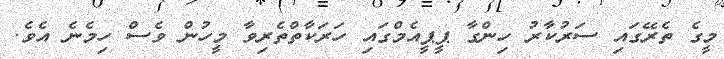
މީގެ ތެރޭގައި ސަރުކާރު ހިންގާ ޕީޕީއެމްގައި ހަރަކާތްތެރިވާ މީހުން ވެސް ހިމެނެ އެވެ.